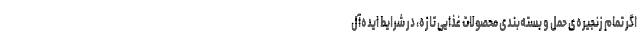
اگر تمام زنجیره‌ی حمل و بسته‌بندی محصولات غذایی تازه، در شرایط ایده‌آل